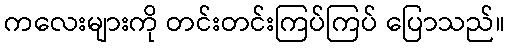
ကလေးများကို တင်းတင်းကြပ်ကြပ် ပြောသည်။